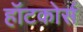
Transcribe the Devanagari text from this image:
हॉटकोर्स